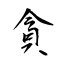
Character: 貪